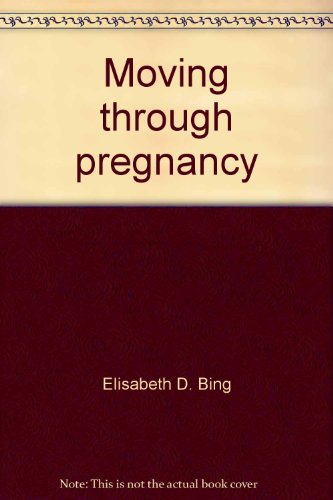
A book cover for Moving through pregnancy : the complete exercise guide for today's woman; Elisabeth D. Bing; Health, Fitness & Dieting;